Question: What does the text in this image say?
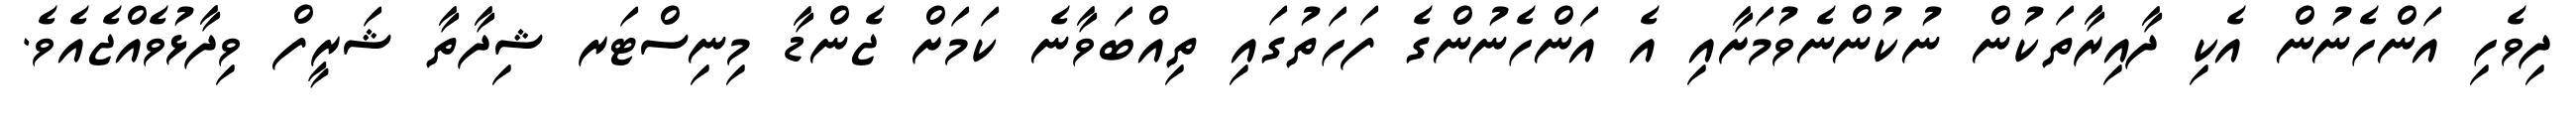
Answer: ދިވެހި އަންހެނުން އެކި ދާއިރާތަކުން ނުކުންނެވުމަށާއި އެ އަންހެނުންގެ ފަހަތުގައި ތިއްބަވާނެ ކަމަށް ޖެންޑާ މިނިސްޓަރ ޝިދާތާ ޝަރީފް ވިދާޅުވެއްޖެއެވެ.